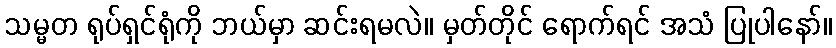
သမ္မတ ရုပ်ရှင်ရုံကို ဘယ်မှာ ဆင်းရမလဲ။ မှတ်တိုင် ရောက်ရင် အသံ ပြုပါနော်။